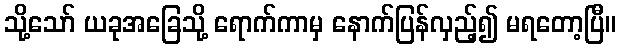
သို့သော် ယခုအခြေသို့ ရောက်ကာမှ နောက်ပြန်လှည့်၍ မရတော့ပြီ။